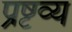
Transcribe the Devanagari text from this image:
प्रष्टव्य